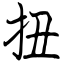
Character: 扭